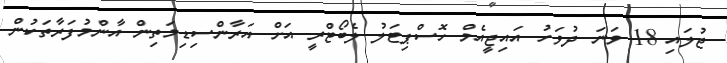
ޖުލައި 18 ވަނަ ދުވަހު އައިޖީއެމް ހޮސްޕިޓަލު ލެބޯޓްރީ އަށް އަރާންސިޑިމަތިން އާންމުފަރާތަކުން